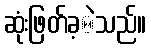
ဆုံးဖြတ်ခ့ဲသည်။